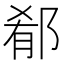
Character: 郩